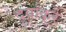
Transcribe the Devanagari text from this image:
दूर्वांकूर